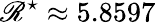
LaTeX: \mathscr{R}^{\star}\approx5.8597